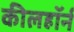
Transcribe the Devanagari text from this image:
कीलहॉर्न